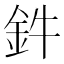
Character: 鈝